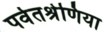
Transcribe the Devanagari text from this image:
पर्वतश्रेणिया